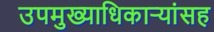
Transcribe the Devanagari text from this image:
उपमुख्याधिकाऱ्यांसह